Account of plague administration in the Bombay Presidency from September 1896 till May 1897
Year: 1896
Disease focus: Plague
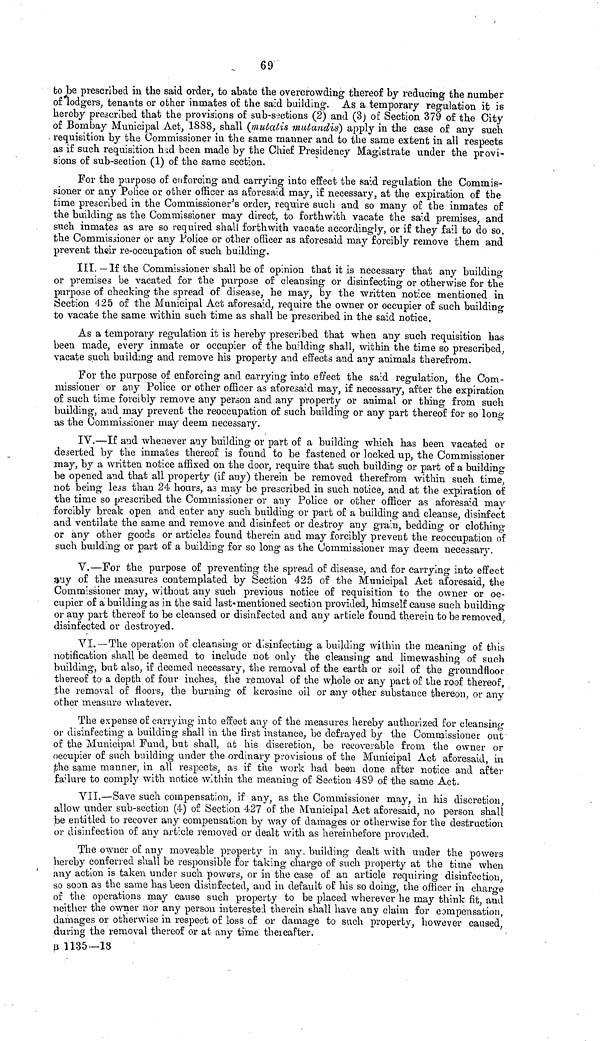
69
to be prescribed in the said order, to abate the overcrowding thereof by reducing the number
of lodgers, tenants or other inmates of the said building. As a temporary regulation it is
hereby prescribed that the provisions of sub-sections (2) and (3) of Section 379 of the City
of Bombay Municipal Act, 1888, shall (mutatis mutandis) apply in the case of any such
requisition by the Commissioner in the same manner and to the same extent in all respects
as if such requisition hid been made by the Chief Presidency Magistrate under the provi-
sions of sub-section (1) of the same section.
For the purpose of enforcing and carrying into effect the said regulation the Commis-
sioner or any Police or other officer as aforesaid may, if necessary, at the expiration of the
time prescribed in the Commissioner's order, require such and so many of the inmates of
the building as the Commissioner may direct, to forthwith vacate the said premises, and
such inmates as are so required shall forthwith vacate accordingly, or if they fail to do so
the Commissioner or any Police or other officer as aforesaid may forcibly remove them and
prevent their re-occupation of such building.
III. — If the Commissioner shall be of opinion that it is necessary that any building
or premises be vacated for the purpose of cleansing or disinfecting or otherwise for the
purpose of checking the spread of disease, he may, by the written notice mentioned in
Section 425 of the Municipal Act aforesaid, require the owner or occupier of such building
to vacate the same within such time as shall be prescribed in the said notice.
As a temporary regulation it is hereby prescribed that when any such requisition has
been made, every inmate or occupier of the building shall, within the time so prescribed,
vacate such building and remove his property and effects and any animals therefrom.
For the purpose of enforcing and carrying into effect the said regulation, the Com-
missioner or any Police or other officer as aforesaid may, if necessary, after the expiration
of such time forcibly remove any person and any property or animal or thing from such
building, and may prevent the reoccupation of such building or any part thereof for so long
as the Commissioner may deem necessary.
IV.—If and whenever any building or part of a building which has been vacated or
deserted by the inmates thereof is found to be fastened or locked up, the Commissioner
may, by a written notice affixed on the door, require that such building or part of a building-
be opened and that all property (if any) therein be removed therefrom within such time,
not being less than 24 hours, as may be prescribed in such notice, and at the expiration of
the time so prescribed the Commissioner or any Police or other officer as aforesaid may
forcibly break open and enter any such building or part of a building and cleanse, disinfect
and ventilate the same and remove and disinfect or destroy any grain, bedding or clothing
or any other goods or articles found therein and may forcibly prevent the reoccupation of
such building or part of a building for so long as the Commissioner may deem necessary.
Y.—For the purpose of preventing the spread of disease, and for carrying into effect
any of the measures contemplated by Section 425 of the Municipal Act aforesaid, the
Commissioner may, without any such previous notice of requisition to the owner or oc-
cupier of a building as in the said last mention ed section provided, himself cause such building
or any part thereof to be cleansed or disinfected and any article found therein to be removed,
disinfected or destroyed.
VI.—The operation of cleansing or disinfecting a building within the meaning of this
notification shall be deemed to include not only the cleansing and limewashing of such
building, but also, if deemed necessary, the removal of the earth or soil of the groundfloor
thereof to a depth of four inches, the removal of the whole or any part of the roof thereof,
the removal of floors, the burning of kerosine oil or any other substance thereon, or any
other measure whatever.
The expense of carrying into effect any of the measures hereby authorized for cleansing
or disinfecting a building shall in the first instance, be defrayed by the Commissioner out
of the Municipal Fund, but shall, at his discretion, be recoverable from the owner or
occupier of such building under the ordinary provisions of the Municipal Act aforesaid, in
the same manner, in all respects, as if the work had been done after notice and after
failure to comply with notice within the meaning of Section 489 of the same Act.
VII.—Save such compensation, if any, as the Commissioner may, in his discretion,
allow under sub-section (4) of Section 4-27 of the Municipal Act aforesaid, no person shall
be entitled to recover any compensation by way of damages or otherwise for the destruction
or disinfection of any article removed or dealt with as hereinbefore provided.
The owner of any moveable property in any building dealt with under the powers
hereby conferred shall be responsible for taking charge of such property at the time when
any action is taken under such powers, or in the case of an article requiring disinfection,
so soon as the same has been disinfected, and in default of his so doing, the officer in charge
of the operations may cause such property to be placed wherever he may think fit, and
neither the owner nor any person interested therein shall have any claim for compensation,
damages or otherwise in respect of loss of or damage to such property, however caused,
during the removal thereof or at any time thereafter.
B 1135—18